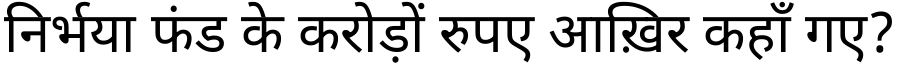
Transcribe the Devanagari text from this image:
निर्भया फंड के करोड़ों रुपए आख़िर कहाँ गए?